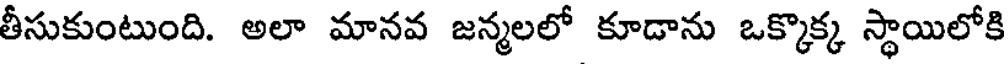
తీసుకుంటుంది. అలా మానవ జన్మలలో కూడాను ఒక్కొక్క స్థాయిలోకి